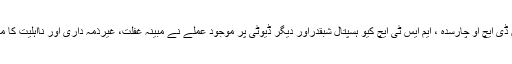
اس حوالے سے انکوائری بھی کرائی گئی جس کے مطابق ڈی ایچ او چارسدہ ، ایم ایس ٹی ایچ کیو ہسپتال شبقدراور دیگر ڈیوٹی پر موجود عملے نے مبینہ غفلت، غیرذمہ داری اور نااہلیت کا مظاہرہ کیاجسکی وجہ سے معصوم بچی کی جان چلی گئی ۔